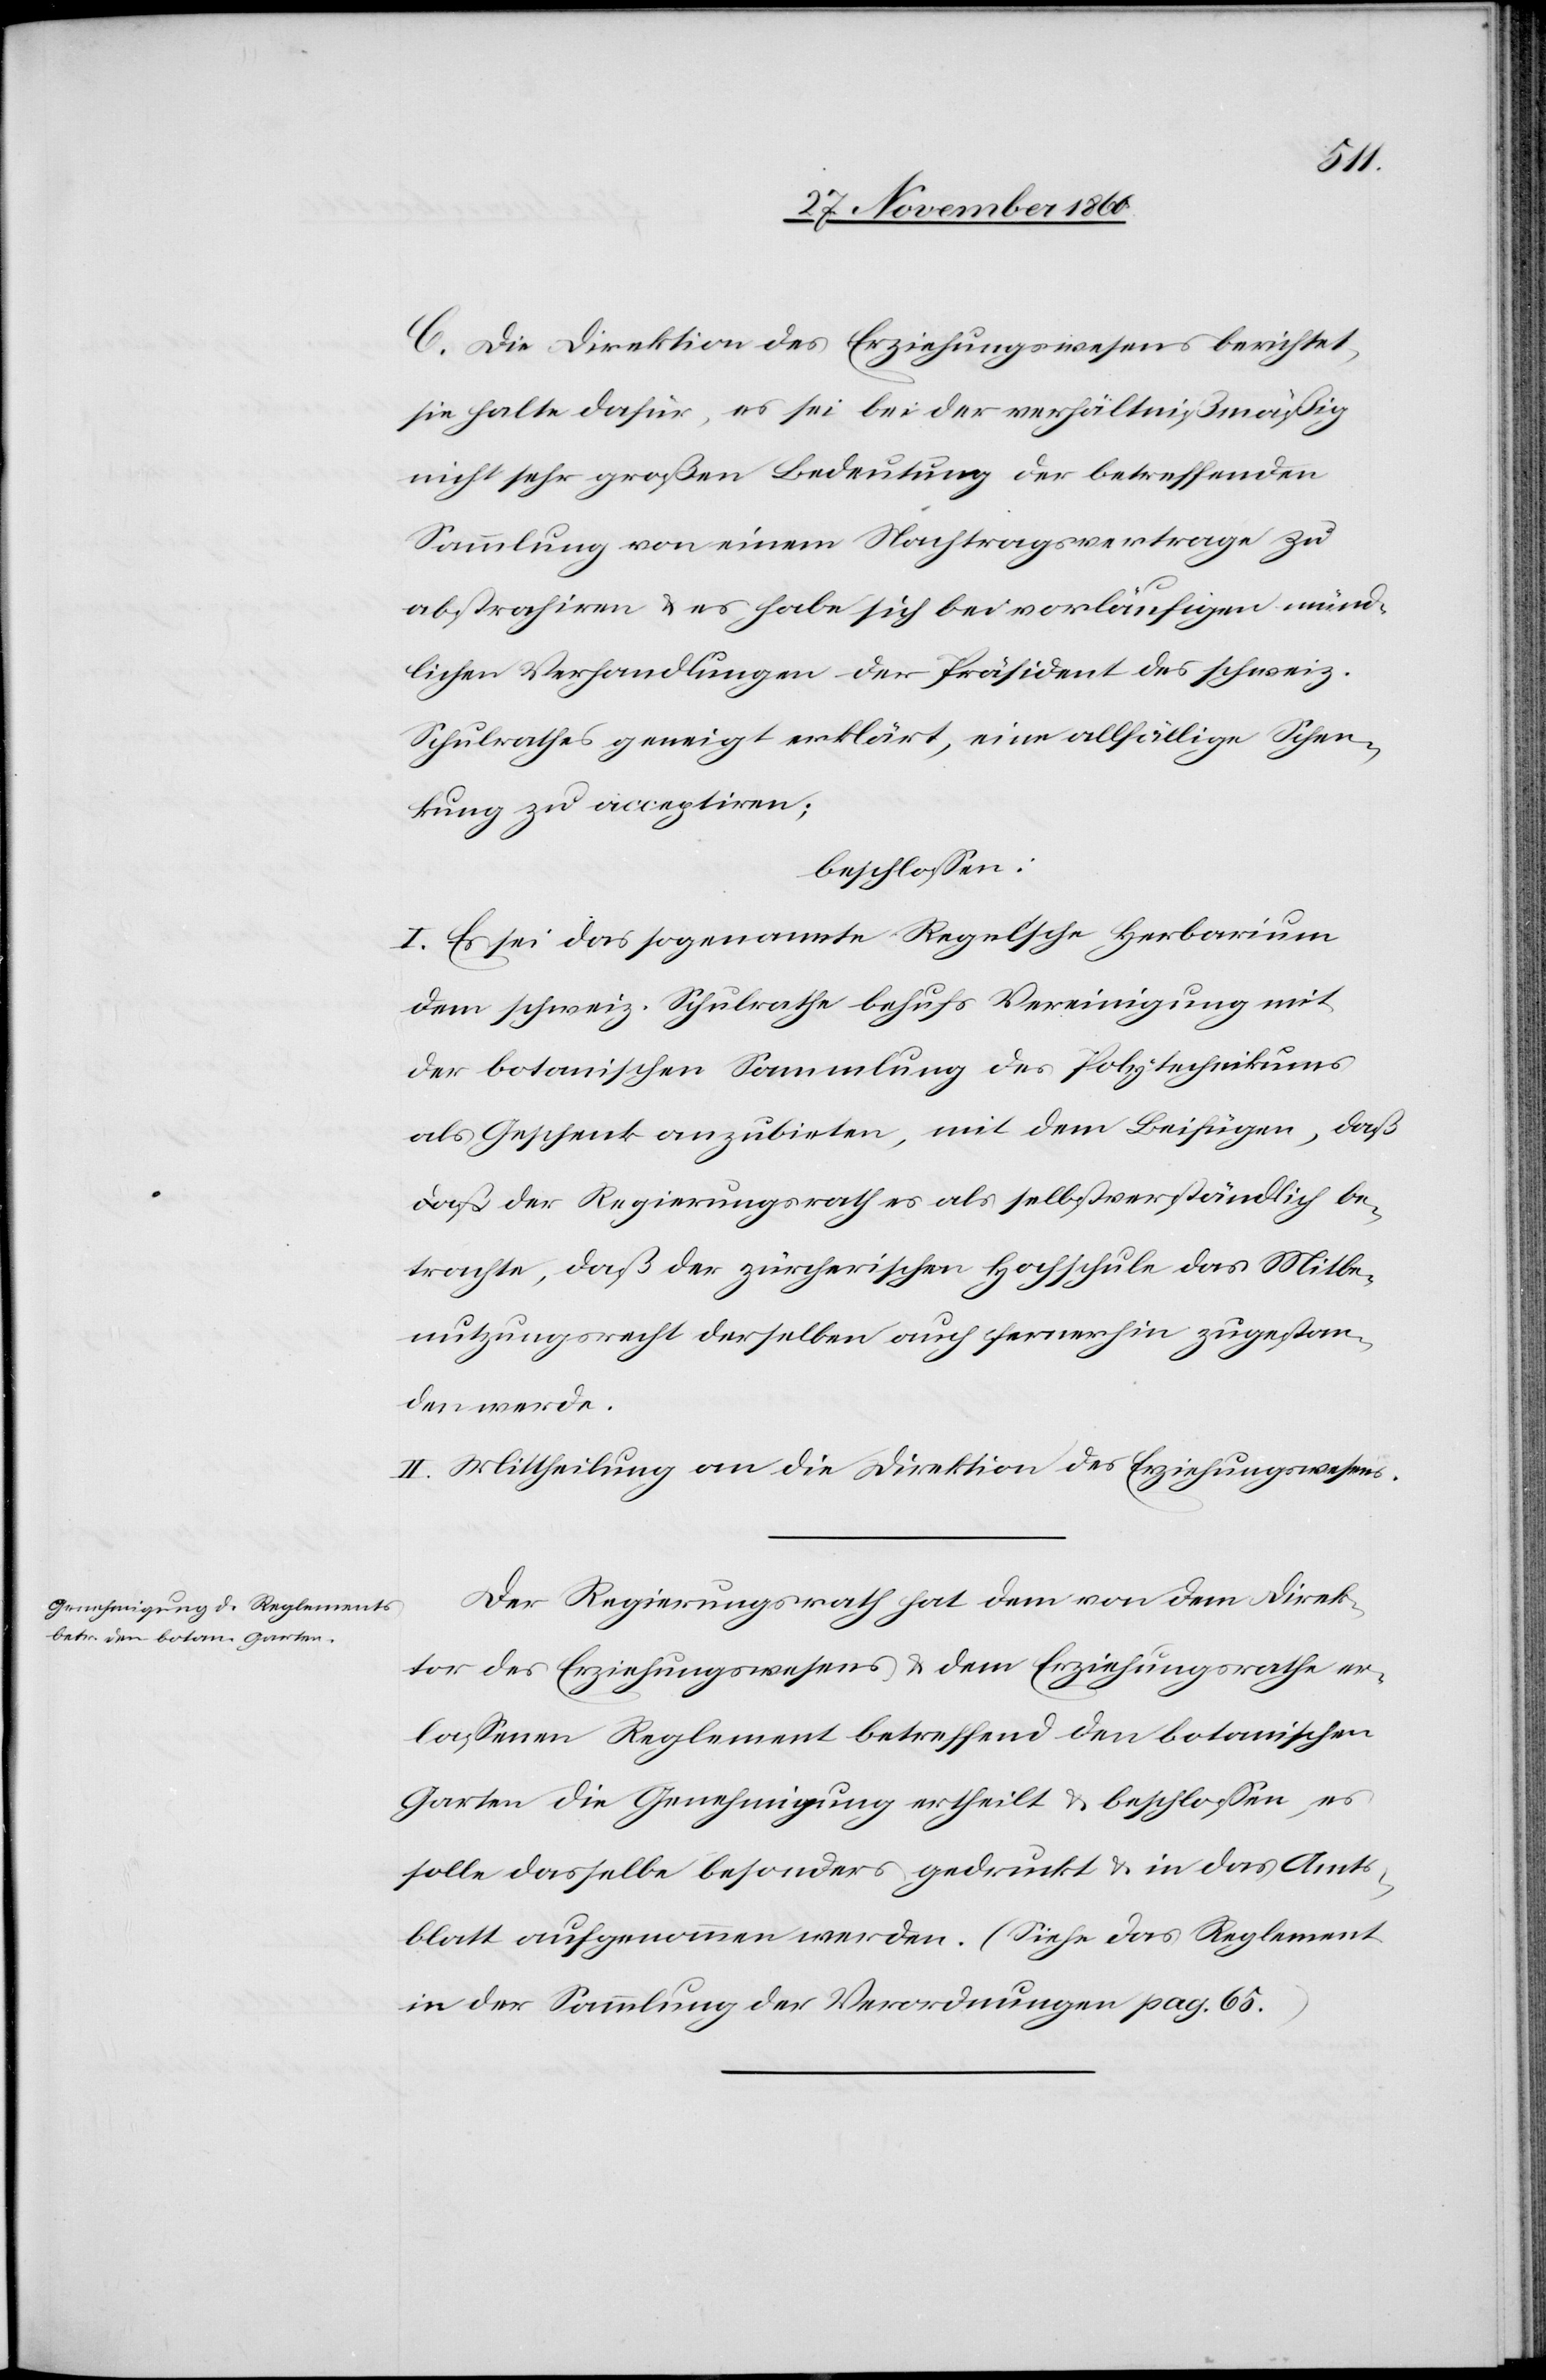
C. Die Direktion des Erziehungswesens berichtet,
sie halte dafür, es sei bei der verhältnißmäßig
nicht sehr großen Bedeutung der betreffenden
Sammlung von einem Nachtragsvertrage zu
abstrahiren u. es habe sich bei vorläufigen münd¬
lichen Verhandlungen der Präsident des schweiz.
Schulrathes geneigt erklärt, eine allfällige Schen¬
kung zu acceptiren;
beschlossen:
I. Es sei das sogenannte Regel’sche Herbarium
dem schweiz. Schulrathe behufs Vereinigung mit
der botanischen Sammlung des Polytechnikums
als Geschenk anzubieten, mit dem Beifügen, da¬
ß der Regierungsrath es als selbstverständlich be¬
trachte, daß der zürcherischen Hochschule das Mitbe¬
nutzungsrecht derselben auch fernerhin zugestan¬
den werde.
II. Mittheilung an die Direktion des Erziehungswesens.
Der Regierungsrath hat dem von dem Direk¬
tor des Erziehungswesens u. dem Erziehungsrathe er¬
lassenen Reglement betreffend den botanischen
Garten die Genehmigung ertheilt u. beschlossen, es
solle dasselbe besonders gedruckt u. in das Amts¬
blatt aufgenommen werden. (Siehe das Reglement
in der Sammlung der Verordnungen pag. 65.)